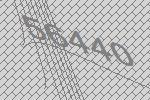
56440